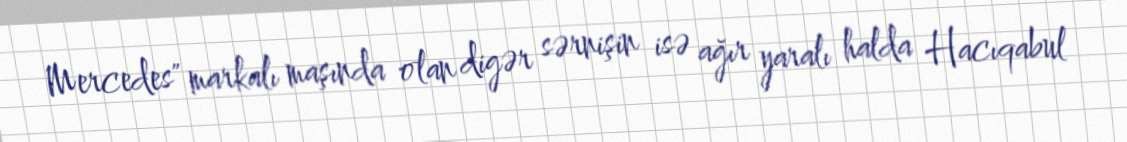
Mercedes" markalı maşında olan digər sərnişin isə ağır yaralı halda Hacıqabul